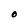
Character: O